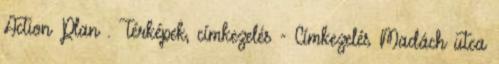
Action Plan . Térképek, címkezelés - Címkezelés Madách utca